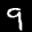
Label: 9